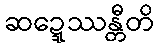
ဆဍ္ဍေဿန္တီတိ